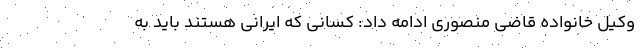
وکیل خانواده قاضی منصوری ادامه داد: کسانی که ایرانی هستند باید به